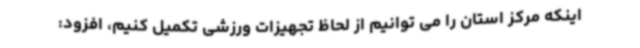
اینکه مرکز استان را می توانیم از لحاظ تجهیزات ورزشی تکمیل کنیم، افزود: